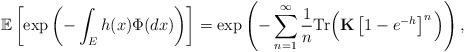
LaTeX: \begin{align*}\mathbb{E}\left[\exp\left(-\int_E h(x)\Phi(dx)\right)\right]=\exp\left(-\sum_{n= 1}^{\infty} \frac{1}{n}\mathrm{Tr}\Big(\mathbf{K}\left[1-e^{-h}\right]^n\Big)\right),\end{align*}